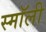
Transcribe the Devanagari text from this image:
स्माॅली